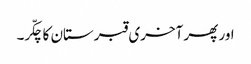
اور پھر آخری قبرستان کا چکّر۔